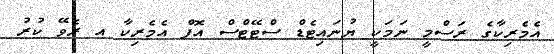
އެމެރިކާގެ ރަސްމީ ނަމަކީ ޔުނައިޓެޑް ސްޓޭޓްސް އޮފް އެމެރިކާ އ ރެވޭ ކުރު